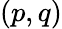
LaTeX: \left(p,q\right)